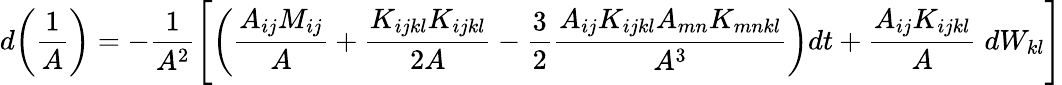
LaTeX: d\bigg(\frac{1}{A}\bigg)=-\frac{1}{A^{2}}\Bigg[\bigg(\frac{A_{ij}M_{ij}}{A}+\frac{K_{ijkl}K_{ijkl}}{2A}-\frac{3}{2}\frac{A_{ij}K_{ijkl}A_{mn}K_{mnkl}}{A^{3}}\bigg)dt+\frac{A_{ij}K_{ijkl}}{A}\; dW_{kl}\Bigg]